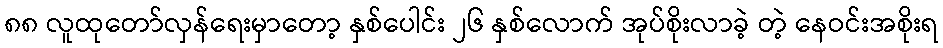
၈၈ လူထုတော်လှန်ရေးမှာတော့ နှစ်ပေါင်း ၂၆ နှစ်လောက် အုပ်စိုးလာခဲ့ တဲ့ နေဝင်းအစိုးရ